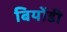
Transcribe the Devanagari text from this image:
बियोंडी